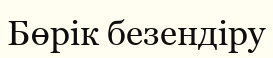
Бөрік безендіру